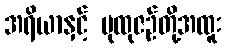
အရိယာနှင့် ပုထုဇဉ်တို့အထူး